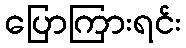
ပြောကြားရင်း